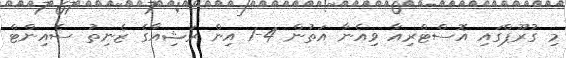
މި ގުރޫޕްގައި އޮސްޓްރިއާ ވިއެނާ އަތުން 4-1 އިން ރަޝިއާގެ ޒެނިތު ސެއިންޓް